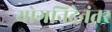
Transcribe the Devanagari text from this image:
योगनिद्रेनंतर